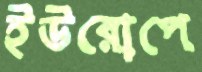
ইউরোপে